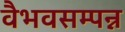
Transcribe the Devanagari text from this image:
वैभवसम्पन्न